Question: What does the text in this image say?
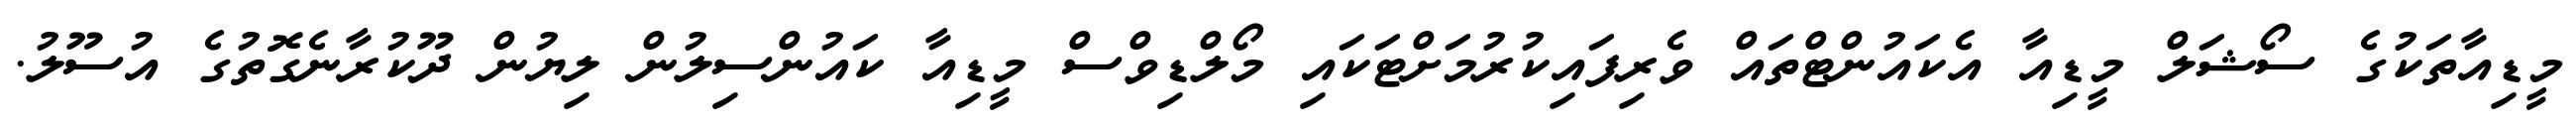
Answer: މީޑިއާތަކުގެ ސޯޝަލް މީޑިއާ އެކައުންޓްތައް ވެރިފައިކުރުމަށްޓަކައި މޯލްޑިވްސް މީޑިއާ ކައުންސިލުން ލިޔުން ދޫކުރާނެގޮތުގެ އުސޫލު.